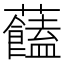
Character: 𧅔